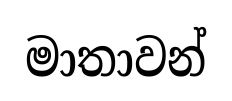
මාතාවන්